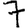
Digit: 7